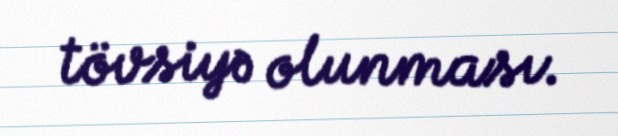
tövsiyə olunması.